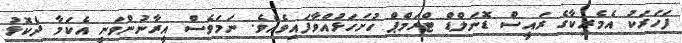
ފަހަރަކު އެމެރިކާގެ ރައީސް ޑޮނަލްޑް ޓްރަމްޕް ހުށަހަޅުއްވާފައިވެއެވެ. ނަމަވެސް އީރާނުންވަނީ އެކަމާ ދެކޮޅު